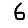
Digit: 6